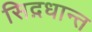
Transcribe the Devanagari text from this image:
सिद़धान्‍त